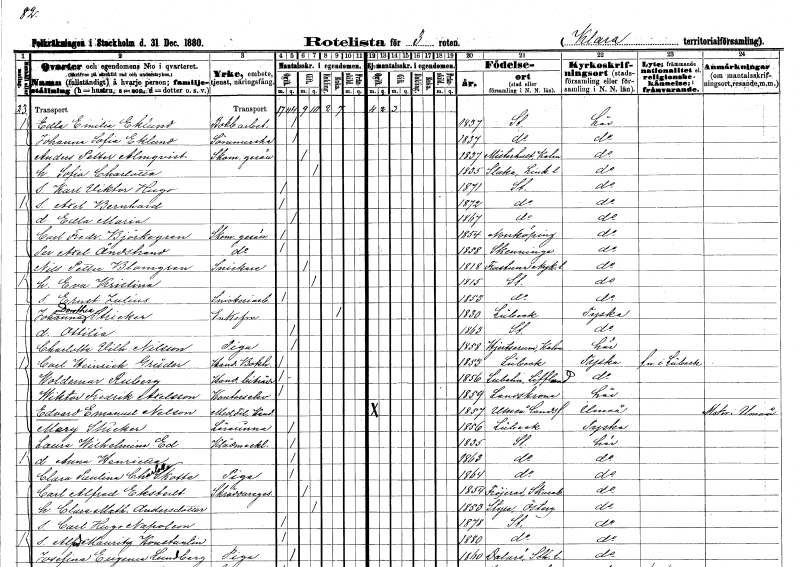
gt_parse: households: individuals: FN: Edla Emilia
EN: Eklund
YRKE: Bokbinderiarbetare
KON: K
CIV: O
FODAR: 1837
FODFORS: Stockholm
FN: Johanna Sofia
EN: Eklund
YRKE: Sömmerska
KON: K
CIV: O
FODAR: 1837
FODFORS: Stockholm
FN: Anders Petter
EN: Almqvist
YRKE: Skomakaregesäll
KON: M
CIV: G
FODAR: 1837
FODFORS: Misterhult Kalmar län
FN: Sofia Charlotta
KON: K
CIV: G
FODAR: 1835
FODFORS: Slaka Östergötlands län
FN: Karl Viktor Hugo
KON: M
CIV: O
FODAR: 1871
FODFORS: Stockholm
FN: Axel Bernhard
KON: M
CIV: O
FODAR: 1872
FODFORS: Stockholm
FN: Edla Maria
KON: K
CIV: O
FODAR: 1867
FODFORS: Stockholm
FN: Carl Fredrik
EN: Björkegren
YRKE: Skomakaregesäll
KON: M
CIV: O
FODAR: 1854
FODFORS: Norrköping Östergötlands län
FN: Per Axel
EN: Åndstrand
YRKE: Skomakaregesäll
KON: M
CIV: O
FODAR: 1858
FODFORS: Skänninge Östergötlands län
FN: Nils Petter
EN: Blomgren
YRKE: Snickare
KON: M
CIV: G
FODAR: 1818
FODFORS: Frustuna Södermanlands län
FN: Eva Kristina
KON: K
CIV: G
FODAR: 1815
FODFORS: Stockholm
FN: Ernst Julius
YRKE: Snickeriarbetare
KON: M
CIV: O
FODAR: 1853
FODFORS: Stockholm
FN: Johanna Dorothea
EN: Stricker
KON: K
CIV: E
FODAR: 1830
FN: Ottilia
KON: K
CIV: O
FODAR: 1863
FODFORS: Stockholm
FN: Charlotta Vilhelmina
EN: Nilsson
YRKE: Piga
KON: K
CIV: O
FODAR: 1858
FODFORS: Gärdserum Östergötlands län
FN: Carl Heinrich
EN: Grüder
YRKE: Handelsbokhållare
KON: M
CIV: O
FODAR: 1853
FN: Woldemar
EN: Ruberg
YRKE: Handelsbiträde
KON: M
CIV: O
FODAR: 1856
FN: Wicktor Fredrik
EN: Axelsson
YRKE: Kontorselev
KON: M
CIV: O
FODAR: 1859
FODFORS: Landskrona Malmöhus län
FN: Edvard Emanuel
EN: Nelson
YRKE: Medicine fil. Kand.
KON: M
CIV: O
FODAR: 1857
FODFORS: Umeå landsförsamling Västerbottens län
FN: Mary
EN: Stricker
YRKE: Lärarinna
KON: K
CIV: O
FODAR: 1856
FN: Laura Wilhelmina
EN: Ed
YRKE: Klädmäklare
KON: K
CIV: O
FODAR: 1835
FODFORS: Stockholm
FN: Anna Henrietta
KON: K
CIV: O
FODAR: 1863
FODFORS: Stockholm
FN: Clara Paulina Charlotta
EN: Skotte
YRKE: Piga
KON: K
CIV: O
FODAR: 1864
FODFORS: Stockholm
FN: Carl Alfred
EN: Ekstedt
YRKE: Skräddaregesäll
KON: M
CIV: G
FODAR: 1854
FODFORS: Fröjered Skaraborgs län
FN: Clara Mathilda
EN: Andersdotter
KON: K
CIV: G
FODAR: 1853
FODFORS: Styra Östergötlands län
FN: Carl Hugo Napoleon
KON: M
CIV: O
FODAR: 1878
FODFORS: Stockholm
FN: Alfred Mauritz Konstantin
KON: M
CIV: O
FODAR: 1880
FODFORS: Stockholm
FN: Josefina Eugenia
EN: Lundberg
YRKE: Piga
KON: K
CIV: O
FODAR: 1860
FODFORS: Dalarö Stockholms län